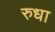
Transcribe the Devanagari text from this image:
रुधा